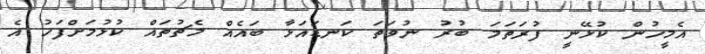
އެމީހުން ކުޅޭނީ ފުރަތަމަ ބުރު ނުވަތަ ކަނޑައަޅާ ބައެއް މެޗުތައް ކުޅުމަށްފަހު އެ